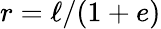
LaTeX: r=\ell/(1+e)